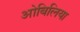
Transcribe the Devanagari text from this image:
ओबिलिया